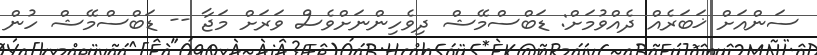
ސަންއަށް ޚަބަރެއް ދެއްވުމަށް: ޑަބްސްމޭޝް ދިވެހިންނަށްވެސް ވަރަށް މަޖާ -- ޑަބްސްމޭޝް ހުން